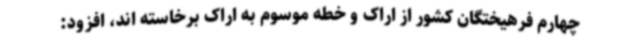
چهارم فرهیختگان کشور از اراک و خطه موسوم به اراک برخاسته اند، افزود: